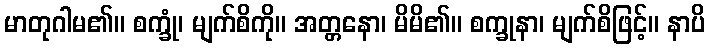
မာတုဂါမ၏။ စက္ခုံ၊ မျက်စိကို။ အတ္တနော၊ မိမိ၏။ စက္ခုနာ၊ မျက်စိဖြင့်။ နာပိ